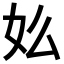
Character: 𡚸